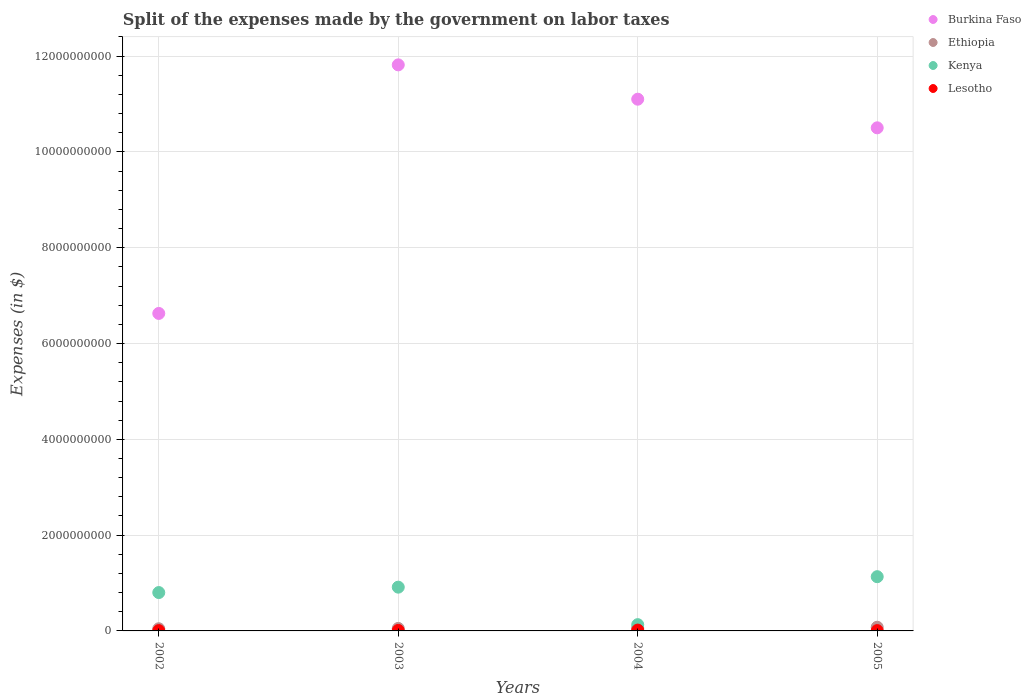
| Years | Burkina Faso | Ethiopia | Kenya | Lesotho |
 | --- | --- | --- | --- | --- |
 | 2002 | 6.63e+09 | 4.51e+07 | 8.01e+08 | 6.4e+06 |
 | 2003 | 1.18e+10 | 5.2e+07 | 9.14e+08 | 1.05e+07 |
 | 2004 | 1.11e+10 | 5.71e+07 | 1.31e+08 | 1.78e+07 |
 | 2005 | 1.05e+10 | 7.71e+07 | 1.13e+09 | 6.74e+06 |